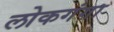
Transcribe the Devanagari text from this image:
लोकगंगा